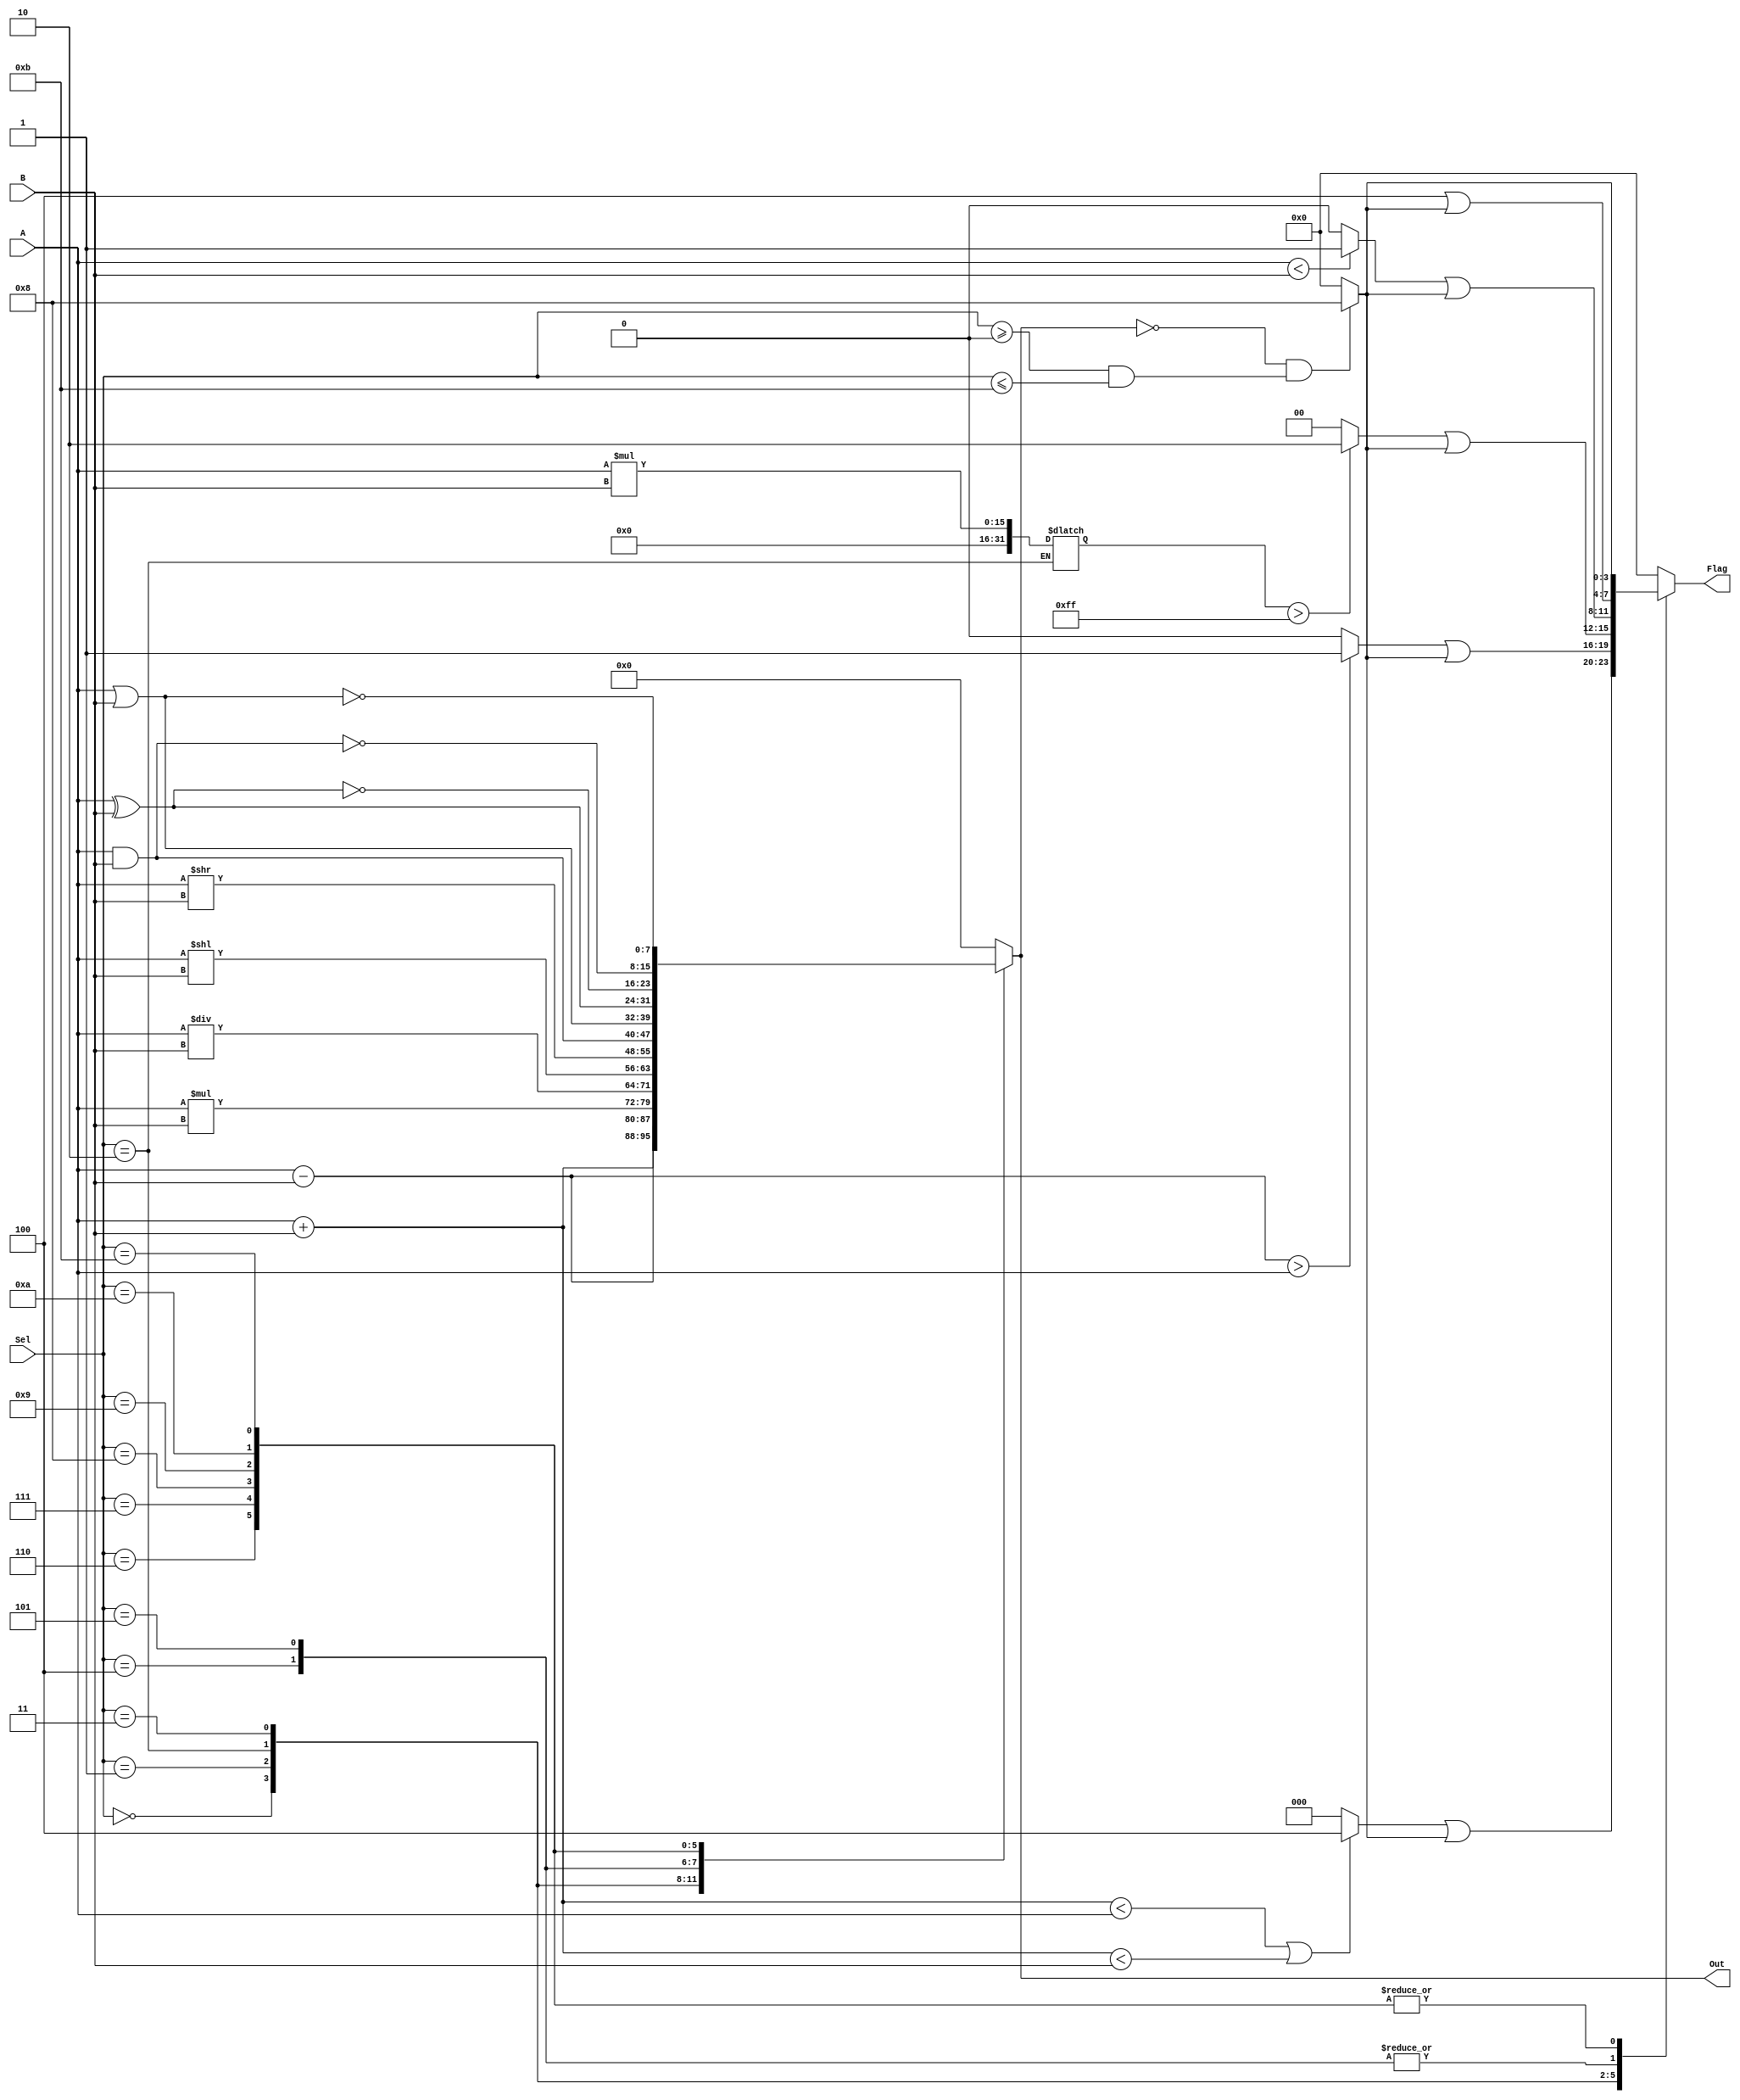
module ALU
(   input       [7:0] A,
    input       [7:0] B,
    input       [3:0] Sel,
    output reg  [7:0] Out,
    output reg  [3:0] Flag
);
    localparam Add              = 4'h0; 
    localparam Sub              = 4'h1; 
    localparam Mul              = 4'h2; 
    localparam Div              = 4'h3; 
    localparam Shl              = 4'h4; 
    localparam Shr              = 4'h5; 
    localparam And              = 4'h6;
    localparam Or               = 4'h7;
    localparam Xor              = 4'h8;
    localparam Nxor             = 4'h9;
    localparam Nand             = 4'hA;
    localparam Nor              = 4'hB;
    localparam Noflag           = 4'b0000;
    localparam ZeroFlag         = 4'b1000;
    localparam CarryFlag        = 4'b0100;
    localparam OverflowFlag     = 4'b0010;
    localparam UnderflowFlag    = 4'b0001;
  
  	reg[31:0]		mulReg;

    always @(*)
    case(Sel)
        Add: begin
            Out <= A + B;
            Flag <= ((A + B < A || A + B < B) ? CarryFlag : Noflag) | ((!Out && (Sel >= 0 && Sel <= 4'hB)) ? ZeroFlag : Noflag);
        end
        Sub: begin
            Out <= A - B;
            Flag <= ((A - B > A) ? UnderflowFlag : Noflag) | ((!Out && (Sel >= 0 && Sel <= 4'hB)) ? ZeroFlag : Noflag);
        end
        Mul: begin
            Out <= A * B;
          	mulReg <= A * B;
          Flag <= ((mulReg > 32'hFF) ? OverflowFlag : Noflag) | ((!Out && (Sel >= 0 && Sel <= 4'hB)) ? ZeroFlag : Noflag);
        end
        Div: begin
            Out <= A / B;
            Flag <= ((A < B) ? UnderflowFlag : Noflag) | ((!Out && (Sel >= 0 && Sel <= 4'hB)) ? ZeroFlag : Noflag);
        end
        Shl: begin
            Out <= A << B;
            Flag <= CarryFlag | ((!Out && (Sel >= 0 && Sel <= 4'hB)) ? ZeroFlag : Noflag);
        end
        Shr: begin
            Out <= A >> B;
            Flag <= CarryFlag | ((!Out && (Sel >= 0 && Sel <= 4'hB)) ? ZeroFlag : Noflag);
        end
        And: begin
            Out <= A & B;
            Flag <= (!Out && (Sel >= 0 && Sel <= 4'hB)) ? ZeroFlag : Noflag;
        end
        Or: begin 
            Out <= A | B;
            Flag <= (!Out && (Sel >= 0 && Sel <= 4'hB)) ? ZeroFlag : Noflag;
        end
        Xor: begin
            Out <= A ^ B;
            Flag <= (!Out && (Sel >= 0 && Sel <= 4'hB)) ? ZeroFlag : Noflag;
        end
        Nxor: begin
          Out <= ~(A ^ B);
            Flag <= (!Out && (Sel >= 0 && Sel <= 4'hB)) ? ZeroFlag : Noflag;
        end
        Nand: begin
          Out <= ~(A & B);
            Flag <= (!Out && (Sel >= 0 && Sel <= 4'hB)) ? ZeroFlag : Noflag;
        end
        Nor: begin
          Out <= ~(A | B);
            Flag <= (!Out && (Sel >= 0 && Sel <= 4'hB)) ? ZeroFlag : Noflag;
        end
        default: begin
            Out <= 0;
            Flag <= Noflag;
        end
    endcase
endmodule